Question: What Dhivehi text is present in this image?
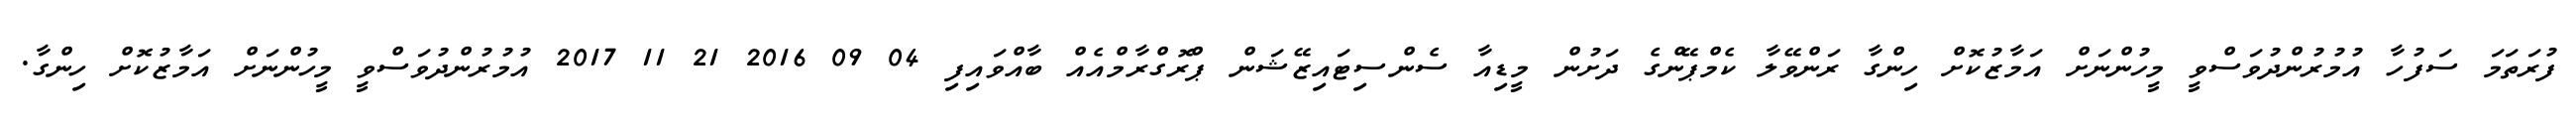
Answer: ފުރަތަމަ ސަފުހާ އުމުރުންދުވަސްވީ މީހުންނަށް އަމާޒުކޮށް ހިންގާ ރަންވޭލާ ކެމްޕޭންގެ ދަށުން މީޑިއާ ސެންސިޓައިޒޭޝަން ޕްރޮގްރާމްއެއް ބާއްވައިފި 04 09 2016 21 11 2017 އުމުރުންދުވަސްވީ މީހުންނަށް އަމާޒުކޮށް ހިންގާ.